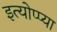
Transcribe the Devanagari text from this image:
इत्योप्प्या